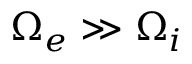
\Omega _ { e } \gg \Omega _ { i }